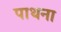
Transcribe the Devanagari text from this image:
पाथना